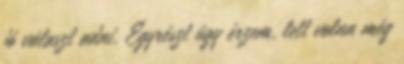
jó választ adni. Egyrészt úgy érzem, lett volna még